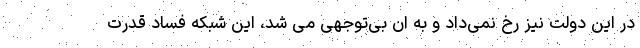
در این دولت نیز رخ نمی‌داد و به ان بی‌توجهی می شد، این شبکه فساد قدرت